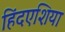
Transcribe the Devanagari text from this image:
हिंदएशिया